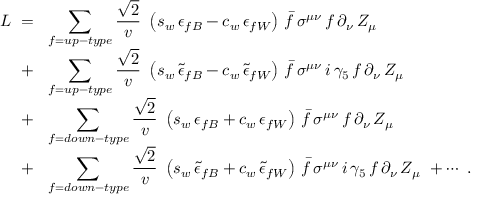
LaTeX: \begin{array} { r l } { { \cal L \ = } } & { { \! \displaystyle \sum _ { f = u p - t y p e } { \frac { \sqrt { 2 } } { v } } \ \left( s _ { w } \, \epsilon _ { f B } - c _ { w } \, \epsilon _ { f W } \right) \, \bar { f } \, \sigma ^ { \mu \nu } \, f \, \partial _ { \nu } \, Z _ { \mu } } } \\ { { + } } & { { \! \displaystyle \sum _ { f = u p - t y p e } { \frac { \sqrt { 2 } } { v } } \ \left( s _ { w } \, \tilde { \epsilon } _ { f B } - c _ { w } \, \tilde { \epsilon } _ { f W } \right) \, \bar { f } \, \sigma ^ { \mu \nu } \, i \, \gamma _ { 5 } \, f \, \partial _ { \nu } \, Z _ { \mu } } } \\ { { + } } & { { \! \displaystyle \sum _ { f = d o w n - t y p e } { \frac { \sqrt { 2 } } { v } } \ \left( s _ { w } \, \epsilon _ { f B } + c _ { w } \, \epsilon _ { f W } \right) \, \bar { f } \, \sigma ^ { \mu \nu } \, f \, \partial _ { \nu } \, Z _ { \mu } } } \\ { { + } } & { { \! \displaystyle \sum _ { f = d o w n - t y p e } { \frac { \sqrt { 2 } } { v } } \ \left( s _ { w } \, \tilde { \epsilon } _ { f B } + c _ { w } \, \tilde { \epsilon } _ { f W } \right) \, \bar { f } \, \sigma ^ { \mu \nu } \, i \, \gamma _ { 5 } \, f \, \partial _ { \nu } \, Z _ { \mu } \ + \cdots \ . } } \end{array}